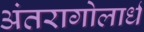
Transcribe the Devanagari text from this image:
अंतरागोलार्ध